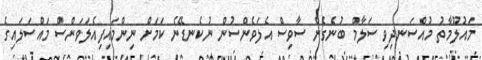
މައުލޫމާތު މުއްސަނދިވި ސަލާމް ބުނެގެން ސާވިސް އެލަވެންސުން ނުކެނޑޭނެ ކަމަށް ނިންމައިފިއެލަވަންސް މައްސަލައިގެ